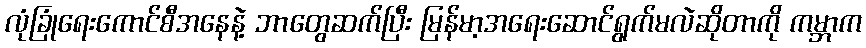
လုံခြုံရေးကောင်စီအနေနဲ့ ဘာတွေဆက်ပြီး မြန်မာ့အရေးဆောင်ရွက်မလဲဆိုတာကို ကမ္ဘာက